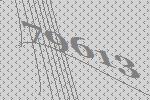
79613